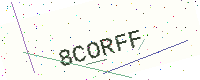
Text: 8CORFF